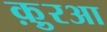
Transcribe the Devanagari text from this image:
क़ु़रआ